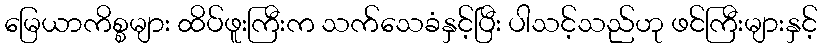
မြေယာကိစ္စများ ထိပ်ဖူးကြီးက သက်သေခံနှင့်ပြီး ပါသင့်သည်ဟု ဖင်ကြီးများနှင့်